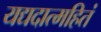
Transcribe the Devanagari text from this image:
यद्यदात्महितं